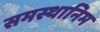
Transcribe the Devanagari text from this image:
समस्थानिम